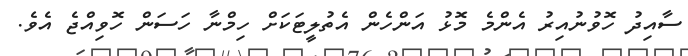
ސާއިދު ހޮވުނުއިރު އެންމެ މޮޅު އަންހެން އެތުލީޓަކަށް ހިމްނާ ހަސަން ހޮވިއްްޖެ އެވެ.